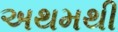
અથમથી